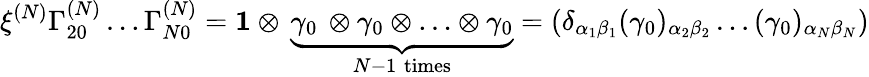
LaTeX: \xi^{(N)}\Gamma_{20}^{(N)}\ldots\Gamma_{N0}^{(N)}={\mathbf 1}\otimes\, \underbrace{\gamma_{0}\, \otimes\gamma_{0}\otimes\ldots\otimes\gamma_{0}}_{N-1\; \mathrm{times}}=\left(\delta_{\alpha_{1}\beta_{1}}(\gamma_{0})_{\alpha_{2}\beta_{2}}\ldots(\gamma_{0})_{\alpha_{N}\beta_{N}}\right)